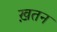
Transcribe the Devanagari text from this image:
ख़तन